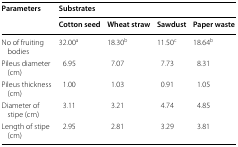
<table><thead><tr><td rowspan="2"><b>Parameters</b></td><td colspan="4"><b>Substrates</b></td></tr><tr><td><b>Cotton seed</b></td><td><b>Wheat straw</b></td><td><b>Sawdust</b></td><td><b>Paper waste</b></td></tr></thead><tbody><tr><td>No of fruiting bodies</td><td>32.00<sup>a</sup></td><td>18.30<sup>b</sup></td><td>11.50<sup>c</sup></td><td>18.64<sup>b</sup></td></tr><tr><td>Pileus diameter (cm)</td><td>6.95</td><td>7.07</td><td>7.73</td><td>8.31</td></tr><tr><td>Pileus thickness (cm)</td><td>1.00</td><td>1.03</td><td>0.91</td><td>1.05</td></tr><tr><td>Diameter of stipe (cm)</td><td>3.11</td><td>3.21</td><td>4.74</td><td>4.85</td></tr><tr><td>Length of stipe (cm)</td><td>2.95</td><td>2.81</td><td>3.29</td><td>3.81</td></tr></tbody></table>